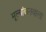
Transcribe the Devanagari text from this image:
मूल्यांकनवाला